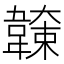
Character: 𩏖